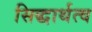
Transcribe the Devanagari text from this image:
सिद्धार्थत्व